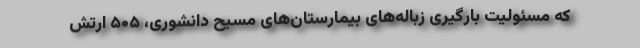
که مسئولیت بارگیری زباله‌های بیمارستان‌های مسیح دانشوری، ۵۰۵ ارتش